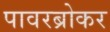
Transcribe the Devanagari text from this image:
पावरब्रोकर